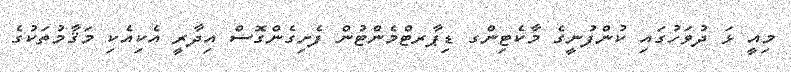
މިއީ ޅަ ދުވަހުގައި ކުންފުނީގެ މާކެޓިންގ ޑިޕާރޓްމެންޓުން ފެށިގެންގޮސް އިދާރީ އެކިއެކި މަޤާމުތަކުގެ